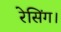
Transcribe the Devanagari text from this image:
रेसिंग।